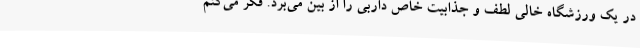
در یک ورزشگاه خالی لطف و جذابیت خاص داربی را از بین می‌برد. فکر می‌کنم